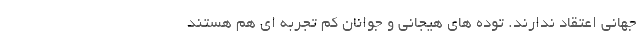
جهاني اعتقاد ندارند. توده هاي هيجاني و جوانان كم تجربه اي هم هستند